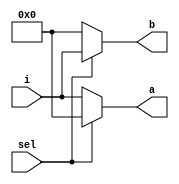
module demux_1_2 (i,sel,a,b);
  input [15:0] i;
  input sel;
  output [15:0] a, b;

  assign a = (sel == 1'b0) ? i : 16'b0;
  assign b = (sel == 1'b1) ? i : 16'b0;
endmodule